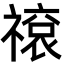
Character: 𬓕